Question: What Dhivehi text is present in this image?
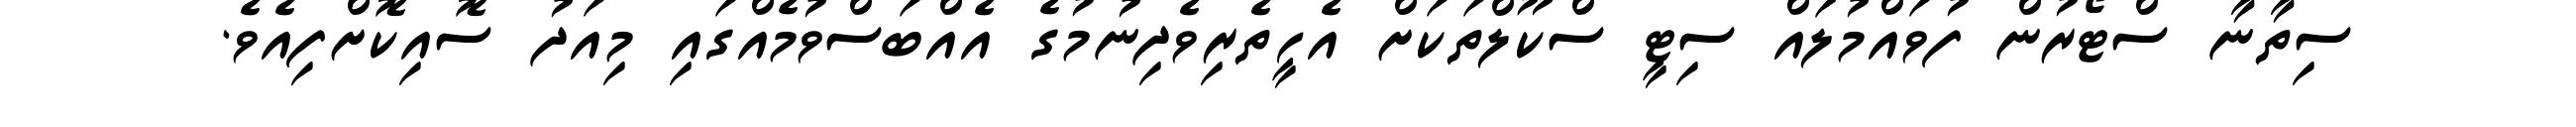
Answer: ސިތާނާ ސްޓޯރުން ފުވައްމުލައް ސިޓީ ސްކޫލްތަކަށް އެހީތެރިވެދިނުމުގެ އެއްބަސްވުމެއްގައި މިއަދު ސޮއިކޮށްފިއެވެ.